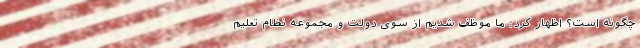
چگونه است؟ اظهار کرد: ما موظف شدیم از سوی دولت و مجموعه نظام تعلیم